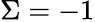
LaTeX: \Sigma=-1